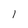
Character: P